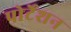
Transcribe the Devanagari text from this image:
पोर्टेशन